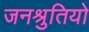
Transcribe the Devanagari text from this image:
जनश्रुतियो